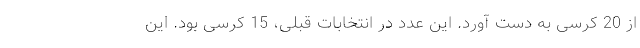
از 20 کرسی به دست آورد. این عدد در انتخابات قبلی، 15 کرسی بود. این